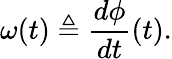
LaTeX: \omega(t)\triangleq{\frac{d\phi}{dt}}(t).